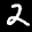
Label: 2